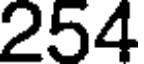
254